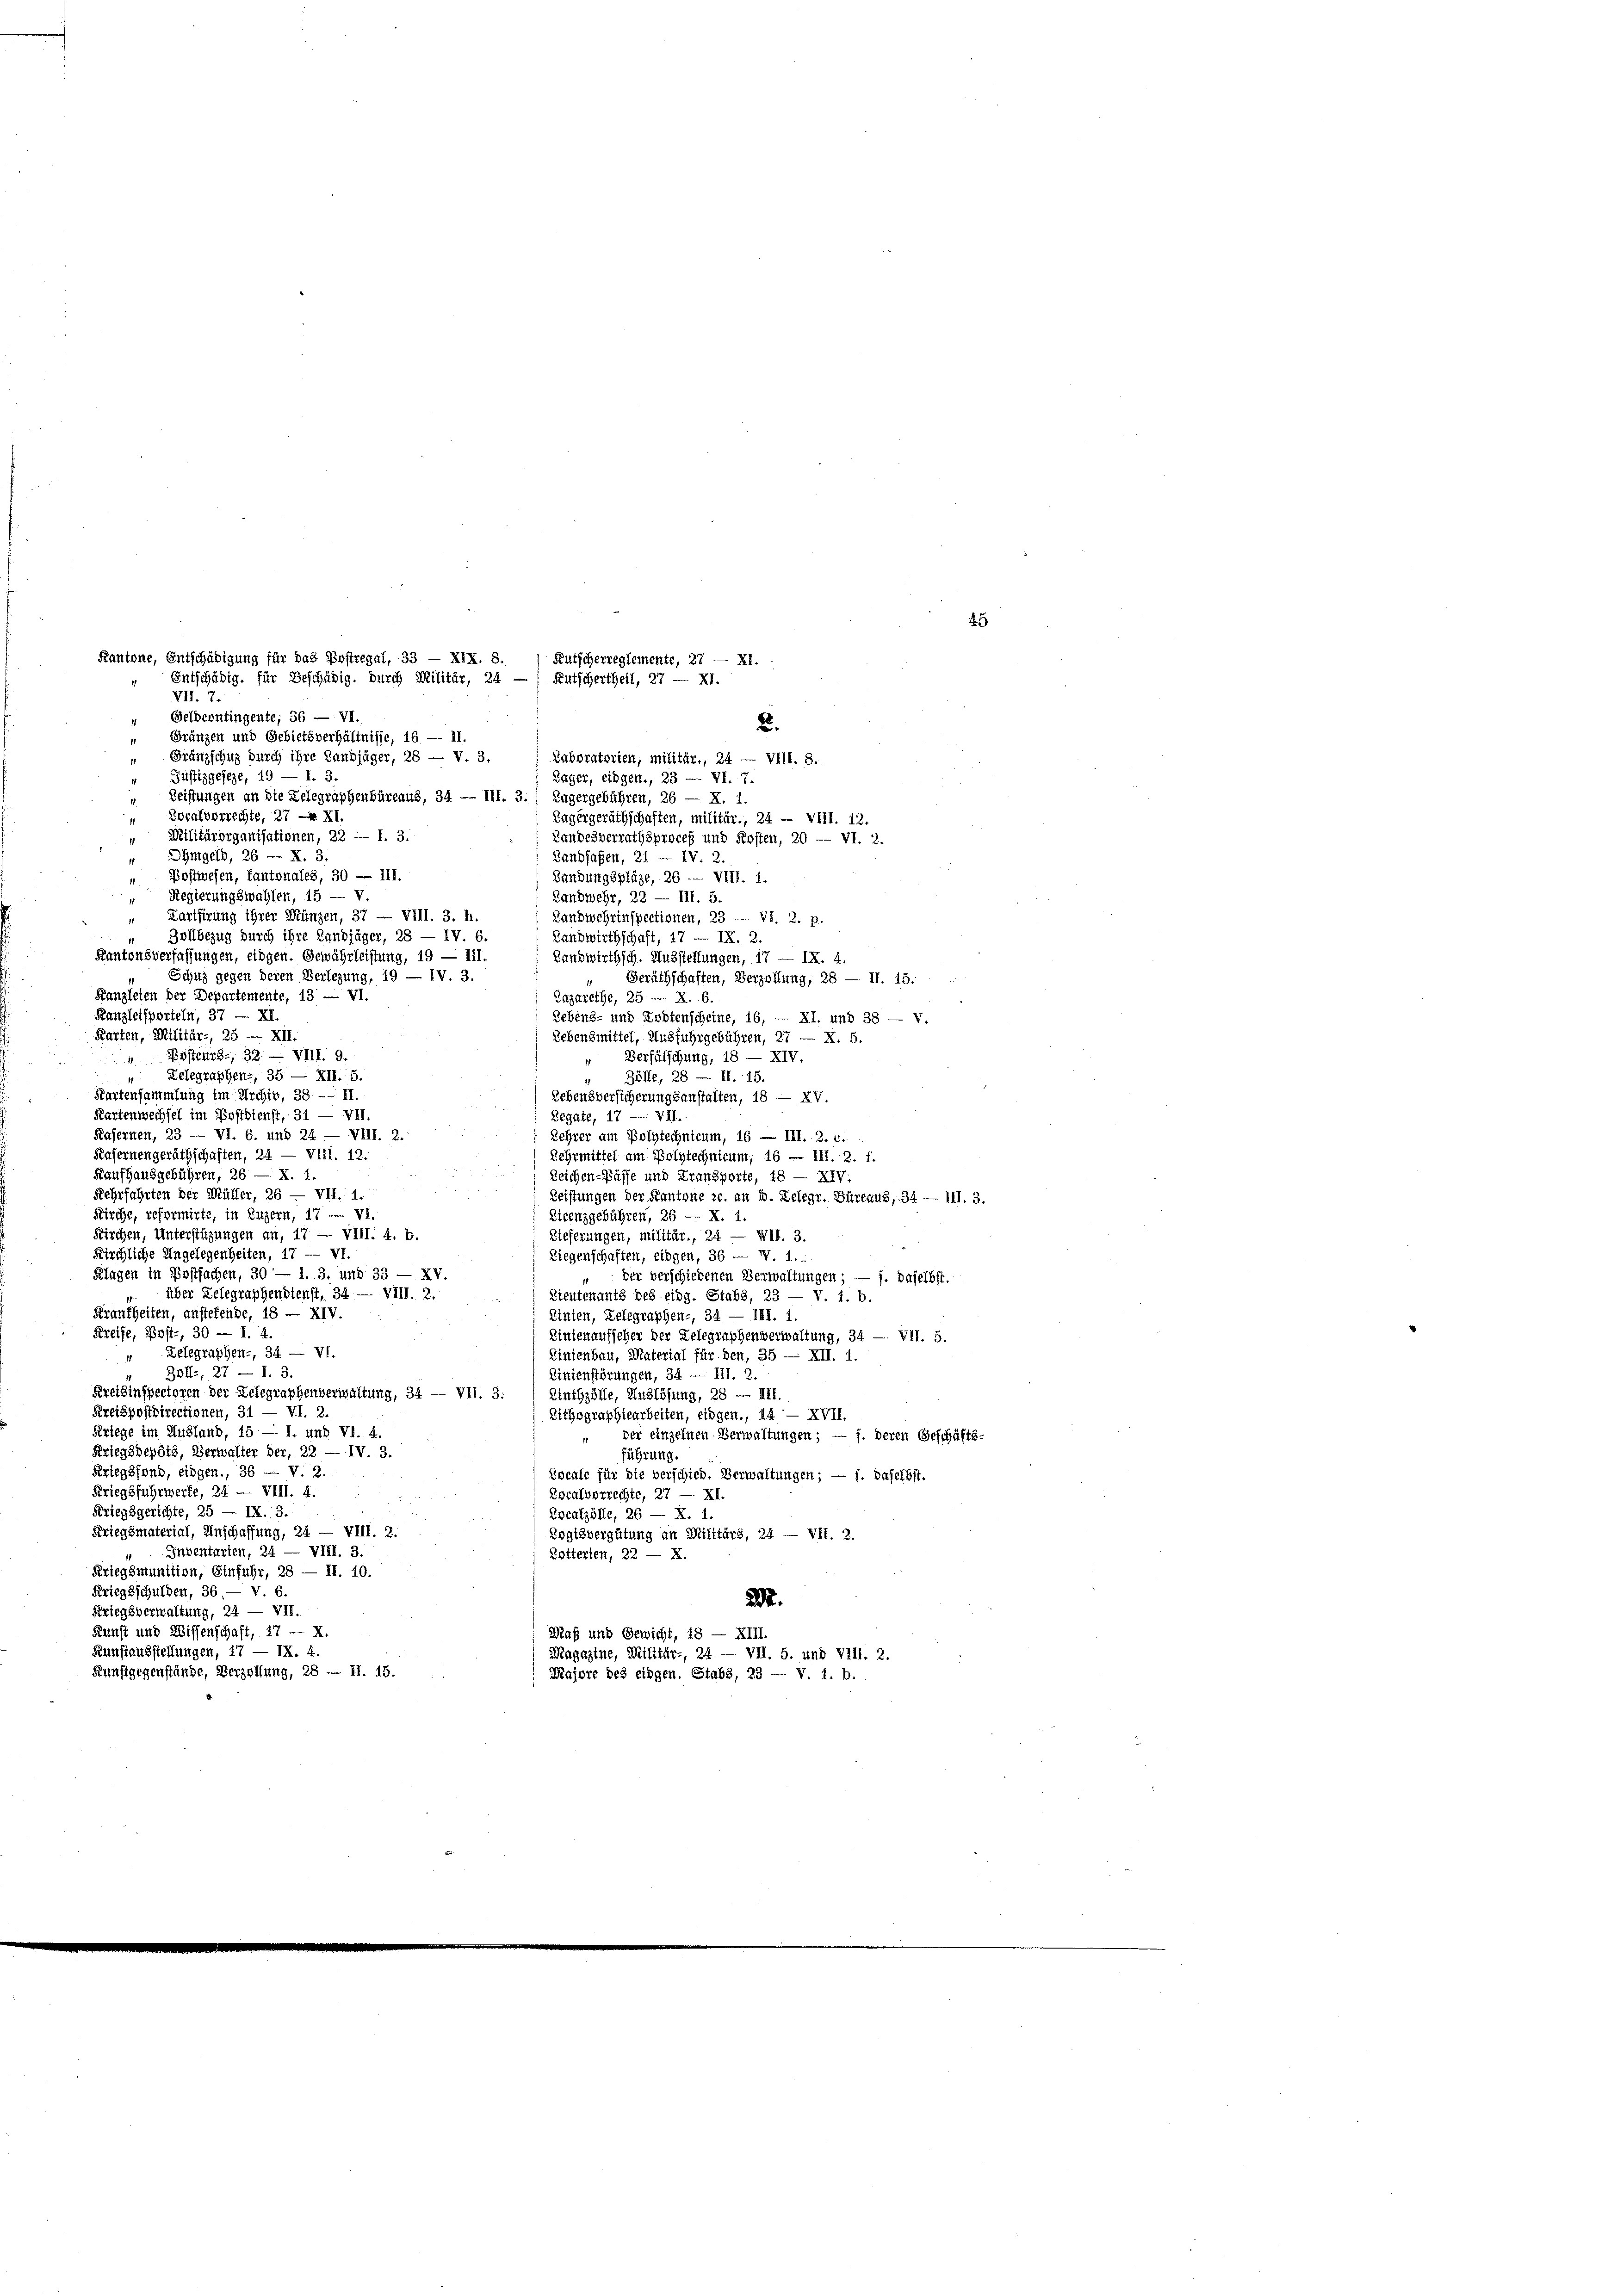
45
VII. 7.
 Justizgeseze, 19 — 1. 3.
Rager, Eidgen., 23 - VI. 7.
Leistungen an die Telegraphenbüreaus, 34 — III. 3.) Lagergebühren, 26 — X. 1.
Zocalvorrechte, 27 —X XI.
Kagergeräthschaften, militär., 24 - VIII. 12.
 Militärorganisationen, 22 — 1. 3.
Landesverrathsproceß und Kosten, 20 -- VI. 2.
Ohmgeld, 26 u. X. 3.
Zandfaßen, 21. IV. 2.
Postwesen, fantonales, 30 — 111.
Landungsplätze, 26 -- VIII. 1.
Regierungswahlen, 15 — v.
Zandwehr, 22 — III. 5.
Tarifirung ihrer Münzen, 37 — VIII. 3. h.
Landwehrinspectionen, 23 — Vf. 2. p.
Zollbezug durch ihre Landjäger, 28 — IV. 6
Landwirthschaft, 17 — IX. 2.
Kantonsverfassungen, eidgen. Gewährleistung, 19 — 111.
Landwirthsch. Ausstellungen, 17 — IX. 4.
Schutz gegen deren Verlegung, 19 — IV. 3.
Geräthschaften, Verzöllung, 28 — II. 15.
Kanzleien der Departemente, 13 — VI.
Zazarethe, 25 — X. 6.
Kanzleisparteln, 37 — XI.
Lebens- und Kostenscheine, 16, — XI. und 38 — v.
Karten, Militär-, 25 — XII
Lebensmittel, Ausfuhrgebühren, 27 — X. 5.
4 Besteurs, 32. — VIII. 9.
Verfälschung, 18 — XIV.
" Zelegraphen-, 35. — XII. 5.
Bölle, 28 — II. 15.
Kartensammlung im Archiv, 38 -- II.
Lebensversicherungsanstalten, 18 — XV.
Kartenwechsel im Postdienst, 31 — VII.
Regale, 17 — VII.
Kasernen, 23 — VI. 6. und 24. — VIII. 2.
Kehrer am Polytechnicum, 16 — III. 2. c.
Hafernengeräthschaften, 24 — VIII. 12.
Lehrmittel am Polytechnicum, 16 — 111. 2. f.
Kaufhausgebühren, 26 — X. 1.
Zeichen-Basse und Transporte, 18 — XIV.
Rehrfahrten der Müller, 26 — VII. 1.
Leistungen der Kantone zc. an u. Lelegr. Büreaus, 34 — III. 3.
Kirche, reformirte, in Luzern, 17 — vi
Licenzgebühren, 26 — X. 1.
Kirchen, Unterstüzungen an, 17. — VIII. 4. b.
Bieferungen, militär., 24 — WII. 3.
Kirchliche Engelegenheiten, 17 -- VI.
Riegenschaften, eingen, 36 — N. 1.
Klagen in Postfachen, 30 — 1. 3. und 33 — XV.
der verschiedenen Verwaltungen; — f. daselbst.
über Gelegraphendienst, 34. — VIII. 2.
Lieutenants des eidg. Stabs, 23 — V. 1. b.
Frankheiten, anstehende, 18 — XIV.
Pinien, Telegraphen-, 34 — III. 1.
Kreife, Post-, 30 — 1. 4.
Dinienaufseher der Telegraphenverwaltung, 34 — VII. 5.
Zelegraphen-, 34. — VI.
Linienbau, Material für den, 35 — XII. 1.
30ff., 27 — 1. 3.
Dinienstörungen, 34. — III. 2.
Kreisinspectoren der Relegraphenverwaltung, 34 — VII. 3.
Zinthzölle, Auslösung, 28 — III.
Kreispostdirectionen, 31 — VI. 2.
Sithographiearbeiten, eidgen., 44 — XVII.
Kriege im Ausland, 15 — 1. und VI. 4
der einzelnen Verwaltungen; — j. deren Geschäfts-
Kriegsdepötz, Verwalter der, 22 — IV. 3.
führung.
Ertegsfond, eidgen., 36 — V. 2.
Rocale für die verschied. Verwaltungen; — j. daselbst.
Kriegsfuhrwerfe, 24 — VIII. f.
Zocalverrechte, 27 — XI.
Kriegsgerichte, 25 — IX. 3.
Epcalzölle, 26 — X. 1
Kriegsmaterial, Einschaffung, 24 — VIII. 2.
Zogisvergütung an Militärs, 34 — VII. 2.
Inventarten, 24 — VIII. 3.
Rotterien, 22 — X.
Kriegsmunition, Einfuhr, 28 — II. 10.
Kriegsschulden, 36. — V. 6.
27.
Kriegsverwaltung, 24 — VII.
Kunst und Wissenschaft, 17 — X.
Maß und Gewicht, 18 — XIII.
Peunstausstellungen, 17 — IX. 4.
Magazine, Militär-, 24. — VII. 5. und VIII. 2.
Kunstgegenstände, Verzellung, 28 — II. 15.
Majore des eingen. Stabs, 23 — V. 1. b.

Kantone, Entschädigung für das Postregal, 33 — XIX. 8.
Kutscherreglemente, 27 — XI.
Entschädig, für Beschädig, durch Militär, 24 — / Kutschertheil, 27 - XI.
Geldcontingente; 36 — VI.
2.
“ Gränzen und Gebietsverhältnisse, 16. — II.
“ Gränzschuz durch ihre Landjäger, 28 — V. 3,
Zabpratorien, militär., 24 — Vill. S.